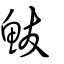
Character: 鮁